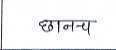
मजकूर: छानन्च